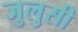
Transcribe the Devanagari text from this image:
जुलुसी